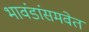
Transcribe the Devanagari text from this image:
भावंडांसमवेत